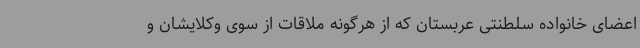
اعضای خانواده سلطنتی عربستان که از هرگونه ملاقات از سوی وکلایشان و